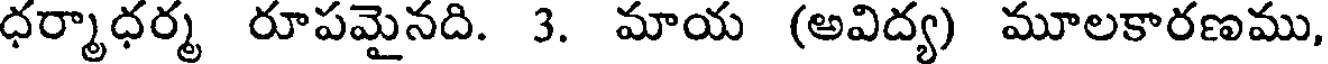
ధర్మాధర్మ రూపమైనది. 3. మాయ (అవిద్య) మూలకారణము,